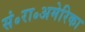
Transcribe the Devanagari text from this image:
सं॰रा॰अमेरिका